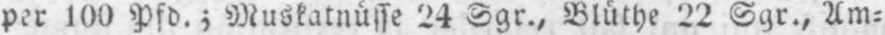
per 100 Pfd.; Muskatnüsse 24 Sgr., Blüthe 22 Sgr., Um⸗